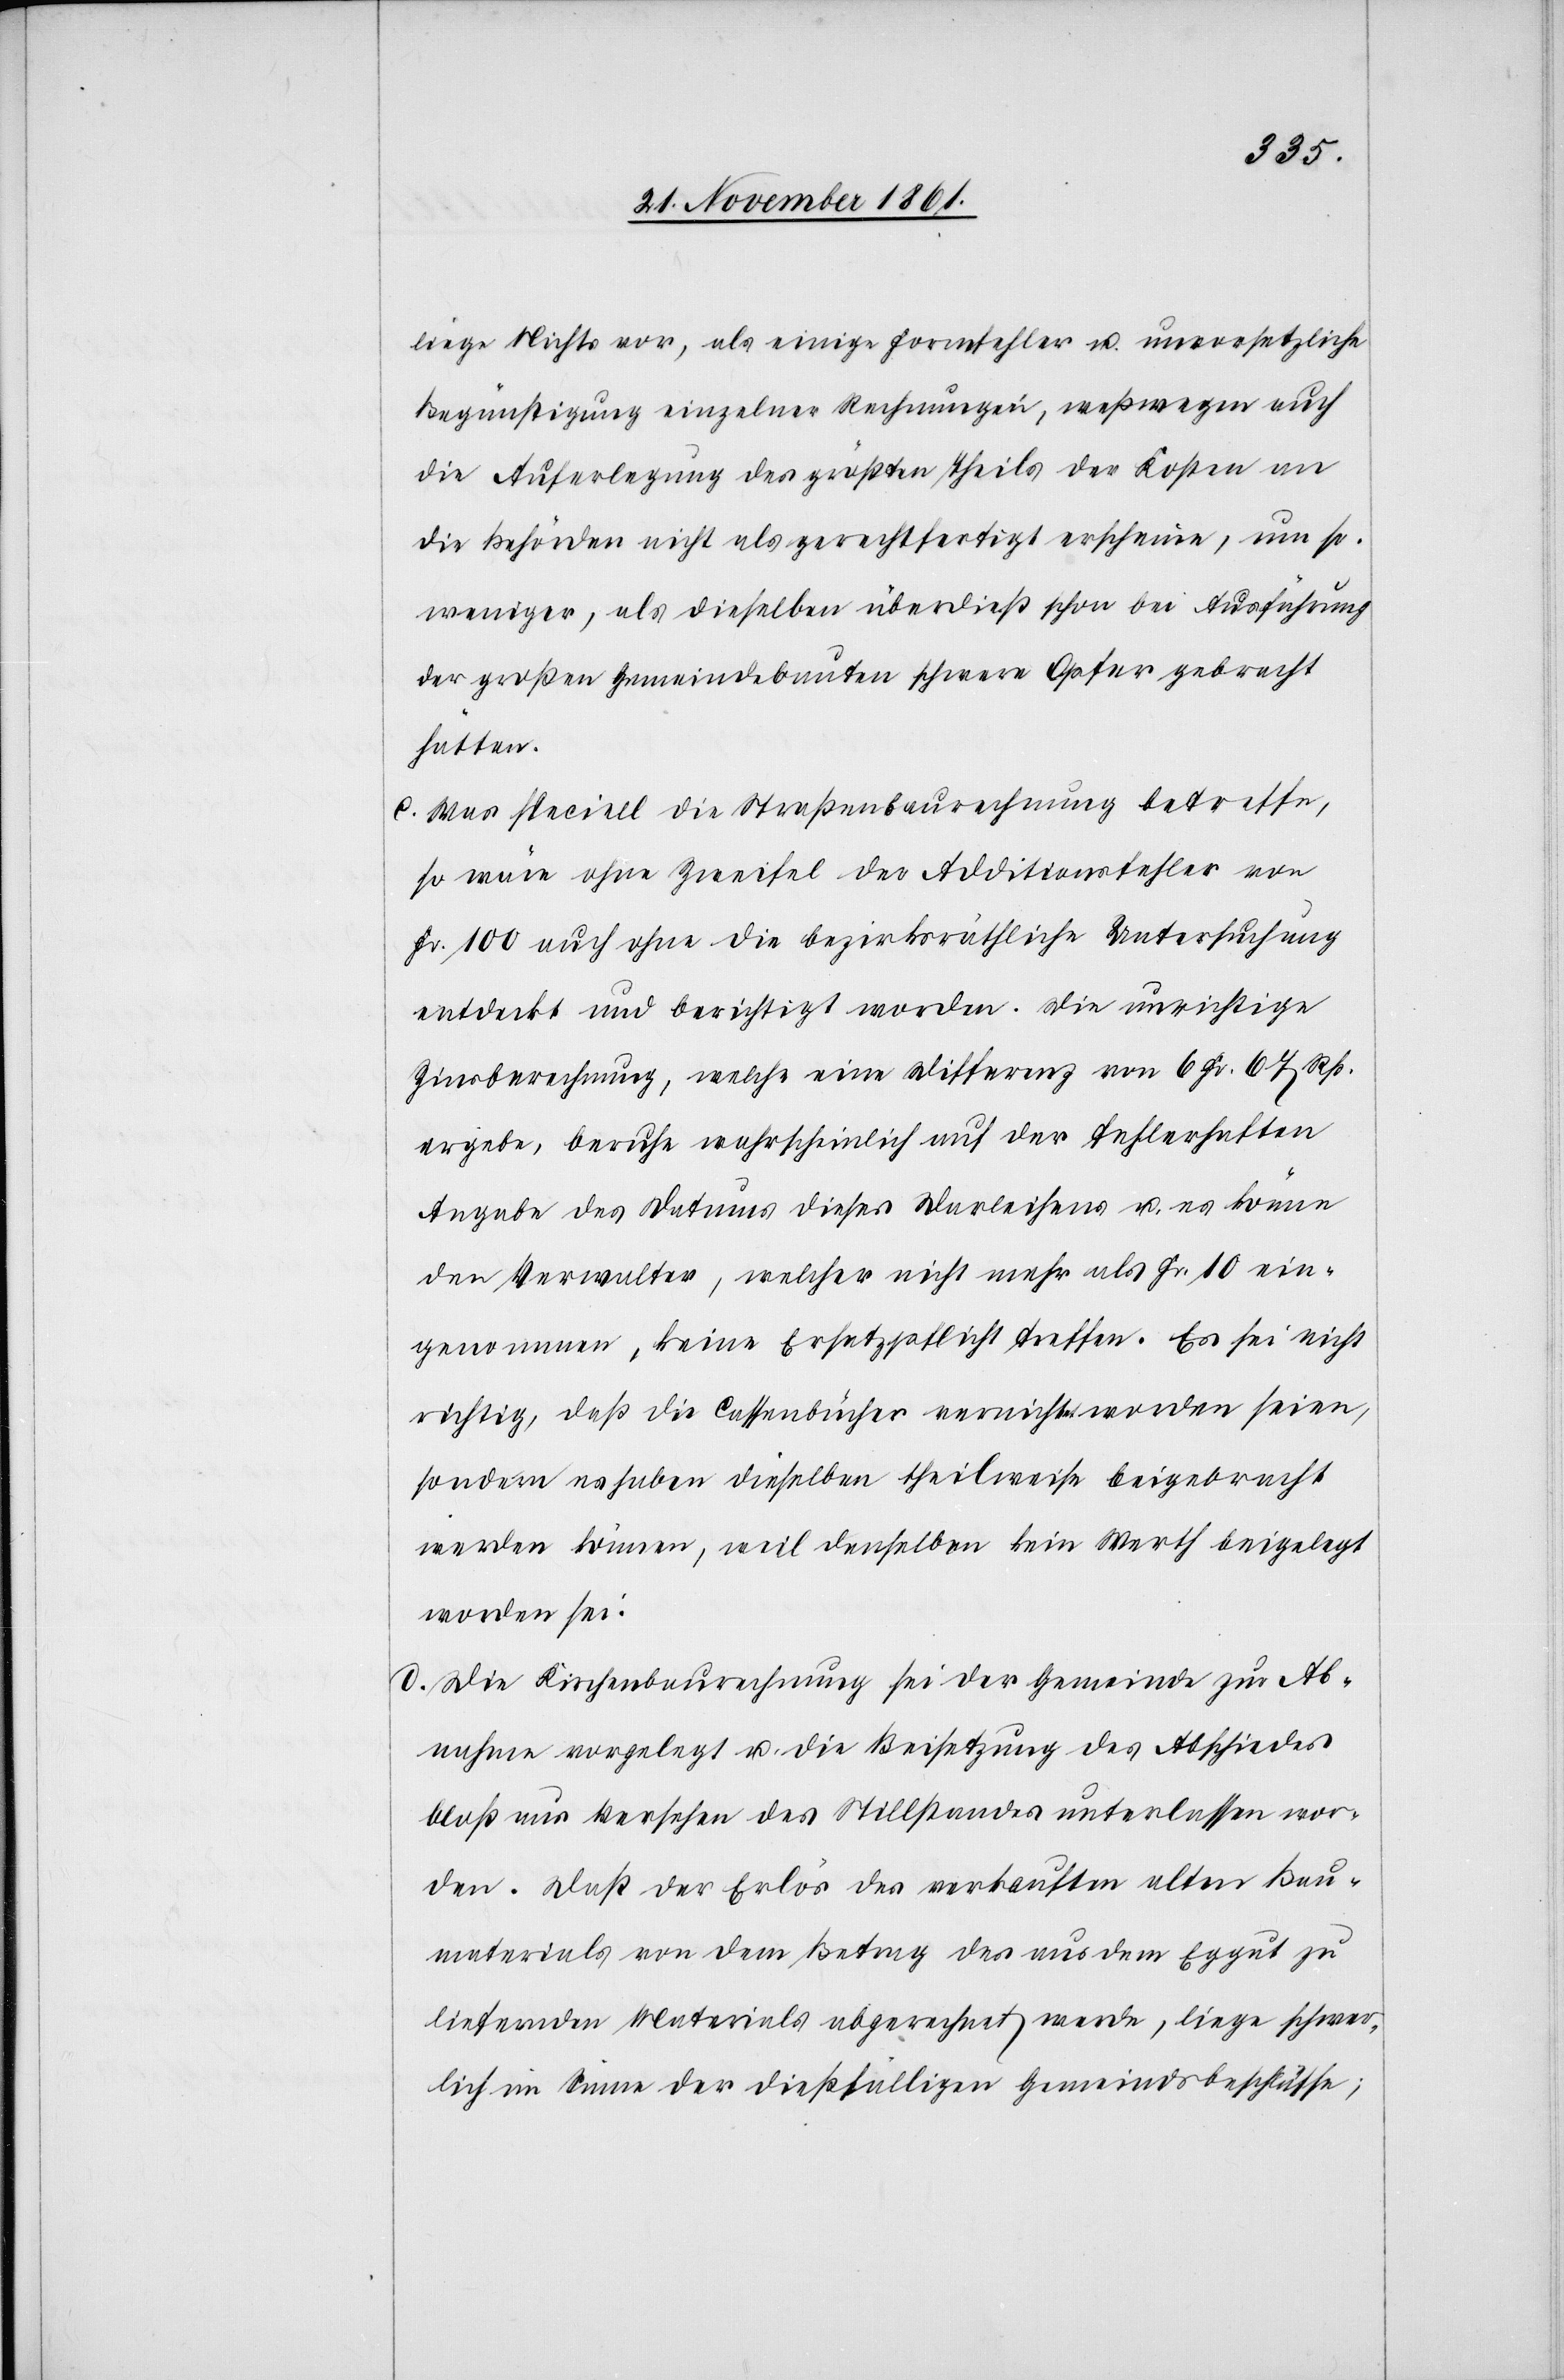
liege Nichts vor, als einige Formfehler u. unersetzliche
Begünstigung einzelner Rechnungen, weßwegen auch
die Auferlegung der größten Theils der Kosten an
die Behörden nicht als gerechtfertigt erscheine, um so
weniger, als dieselben überdieß schon bei Ausführung
der großen Gemeindsbauten schwere Opfer gebracht
hätten.
c. Was speciell die Straßenbaurechnung betreffe,
so wäre ohne Zweifel der Additionsfehler von
Fr. 100 auch ohne die bezirksräthliche Untersuchung
entdeckt und berichtigt worden. Die unrichtige
Zinsberechnung, welche eine Differenz von 6 Fr. 67 Rp.
ergebe, beruhe wahrscheinlich auf der fehlerhaften
Angabe des Datums dieses Darleihens u. es könne
den Verwalter, welcher nicht mehr als Fr. 10 ein¬
genommen, keine Ersatzpflicht treffen. Es sei nicht
richtig, daß die Cassenbücher verrichtet worden seien,
sondern es haben dieselben theilweise beigebracht
werden können, weil denselben kein Werth beigelegt
worden sei.
d. Die Kirchenbaurechnung sei der Gemeinde zur Ab¬
nahme vorgelegt u. die Beisetzung des Abschiedes
bloß aus Versehen des Stillstandes unterlassen wor¬
den. Daß der Erlös des verkauften alten Bau¬
materials von dem Betrag des aus dem Eggut zu
liefernden Materials abgerechnet werde, liege schwer¬
lich im Sinne der dießfälligen Gemeindsbeschlüsse;